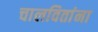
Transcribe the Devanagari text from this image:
चालवितांना